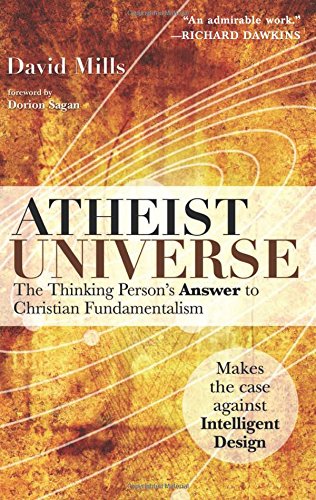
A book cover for Atheist Universe: The Thinking Person's Answer to Christian Fundamentalism; David Mills; Religion & Spirituality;